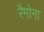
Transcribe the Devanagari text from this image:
रैमोना